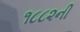
૧૮૮૨ની